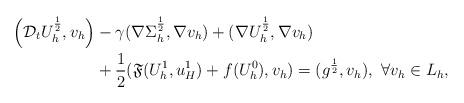
LaTeX: \begin{align*}\Big{(}\mathcal{D}_tU_h^{\frac12},v_h\Big{)}&-\gamma(\nabla \Sigma_h^{\frac12},\nabla v_h)+(\nabla U_h^{\frac12},\nabla v_h)\\&+\frac12(\mathfrak{F}(U_{h}^{1},u_{H}^{1})+ f(U_{h}^{0}),v_h)=(g^{\frac12},v_h),~\forall v_h\in L_h,\end{align*}